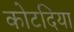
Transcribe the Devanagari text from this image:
कोटदिया